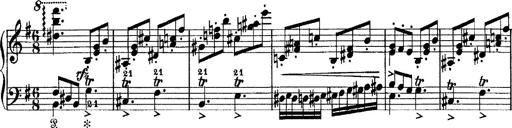
Title: Tarantelle di bravura dâ€™aprÃ¨s la tarantelle de La muette de Portici
Composer: Franz Liszt